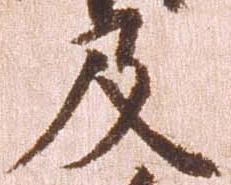
及